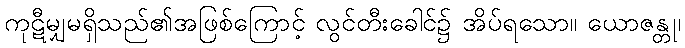
ကုဋီမျှမရှိသည်၏အဖြစ်ကြောင့် လွင်တီးခေါင်၌ အိပ်ရသော။ ယောဇန္တု၊